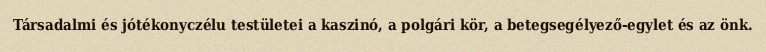
Társadalmi és jótékonyczélu testületei a kaszinó, a polgári kör, a betegsegélyező-egylet és az önk.